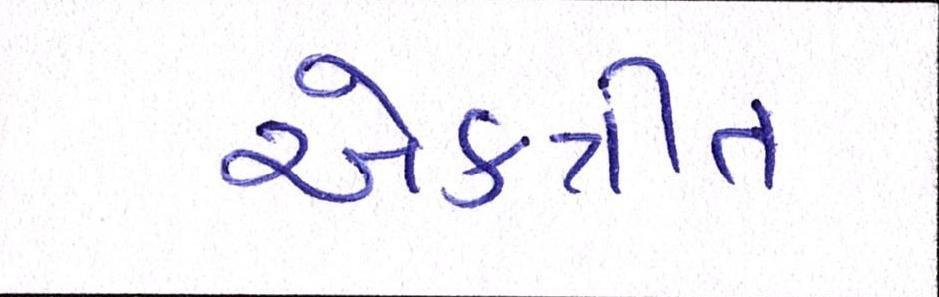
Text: એકત્રીત